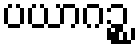
ပယာဂဉ္စ